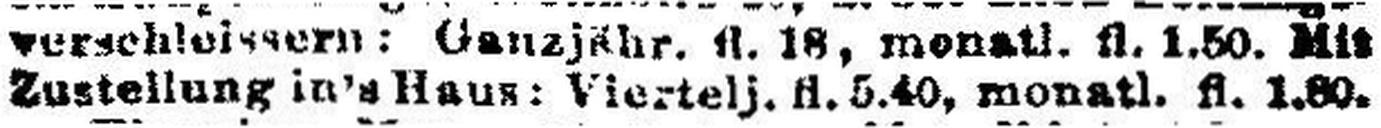
Zustellung in's Haus: Viertelj. fl. 5.40, monatl. fl. 1.80.